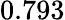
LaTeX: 0.793